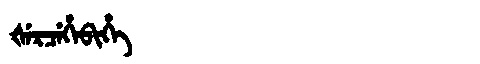
Manchu: ᡧᡝᡵᠴᡝᡥᡝᠪᡳᡥᡝ
Romanization: ŠERCEHEBIHE